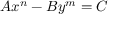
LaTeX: A x ^ { n } - B y ^ { m } = C